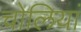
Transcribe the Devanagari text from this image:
चोलियां